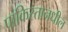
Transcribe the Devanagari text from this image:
पाकिस्तानधील